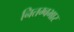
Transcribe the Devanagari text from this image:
नितम्बभार